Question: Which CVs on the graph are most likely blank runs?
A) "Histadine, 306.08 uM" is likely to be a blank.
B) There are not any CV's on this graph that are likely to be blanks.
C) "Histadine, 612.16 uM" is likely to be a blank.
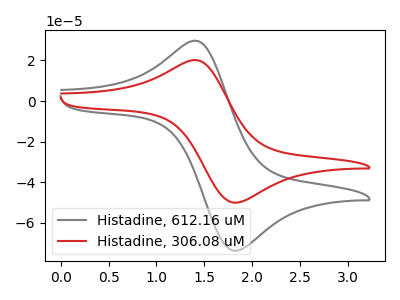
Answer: <think>The gray curve "Histadine, 612.16 uM" has an anodic peak at (1.45V, 29.50uA) and a cathodic peak at (1.80V, -73.70uA). The red curve "Histadine, 306.08 uM" has an anodic peak at (1.45V, 20.00uA) and a cathodic peak at (1.80V, -50.05uA).</think>
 <answer>B) There are not any CV's on this graph that are likely to be blanks.</answer>
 <eval>B</eval>